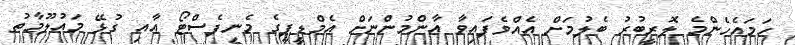
ހަމައެހެންމެ ލޮރީބުރު ބެލުމަށް އެއްވެފައިވާ އާންމުންނަށް އެމްޑީޕީގެ މެނިފެސްޓޯ އާއި ގުޅޭ މައުލޫމާތު